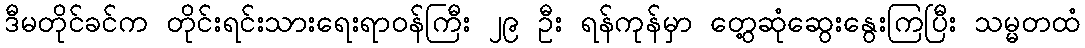
ဒီမတိုင်ခင်က တိုင်းရင်းသားရေးရာဝန်ကြီး ၂၉ ဦး ရန်ကုန်မှာ တွေ့ဆုံဆွေးနွေးကြပြီး သမ္မတထံ